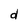
Character: d